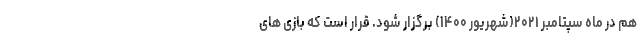
هم در ماه سپتامبر ۲۰۲۱(شهریور ۱۴۰۰) برگزار شود. قرار است که بازی های